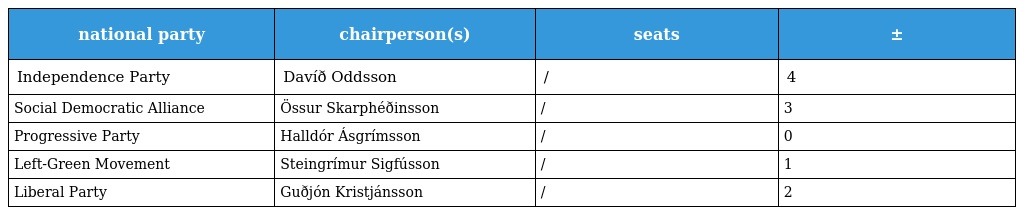
| national party | chairperson(s) | seats | ± |
 | --- | --- | --- | --- |
 | Independence Party | Davíð Oddsson | / | 4 |
 | Social Democratic Alliance | Össur Skarphéðinsson | / | 3 |
 | Progressive Party | Halldór Ásgrímsson | / | 0 |
 | Left-Green Movement | Steingrímur Sigfússon | / | 1 |
 | Liberal Party | Guðjón Kristjánsson | / | 2 |